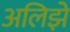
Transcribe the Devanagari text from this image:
अलिझे